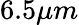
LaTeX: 6.5\mu m